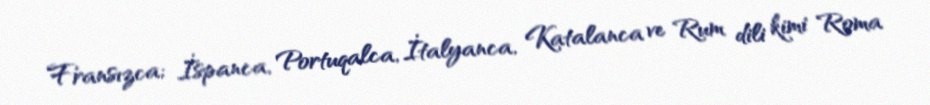
Fransızca; İspanca, Portuqalca, İtalyanca, Katalanca ve Rum dili kimi Roma